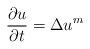
LaTeX: \begin{align*}\frac{\partial u}{\partial t}=\Delta u^m\end{align*}